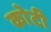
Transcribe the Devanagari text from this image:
काेटी